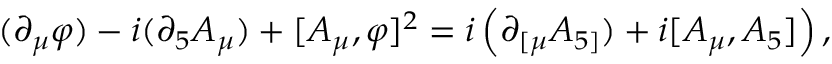
( \partial _ { \mu } \varphi ) - i ( \partial _ { 5 } A _ { \mu } ) + [ A _ { \mu } , \varphi ] ^ { 2 } = i \left( \partial _ { \lbrack \mu } A _ { 5 ] } ) + i [ A _ { \mu } , A _ { 5 } ] \right) ,